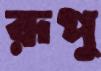
রূপু